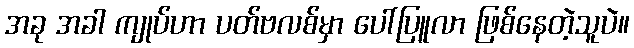
အခု အခါ ကျုပ်ဟာ ပတ်ဗလစ်မှာ ပေါ်ပြူလာ ဖြစ်နေတဲ့သူပဲ။